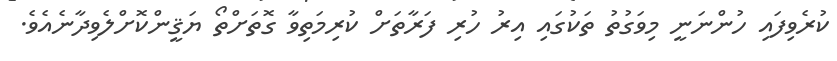
ކުރެވިފައި ހުންނަނީ މިވަގުތު ތަކުގައި އިރު ހުރި ފަރާތަށް ކުރިމަތިވާ ގޮތަށްތޯ ޔަޤީންކޮށްލެވިދާނެއެވެ.